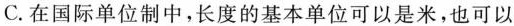
C.在国际单位制中，长度的基本单位可以是米，也可以